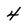
Character: 4